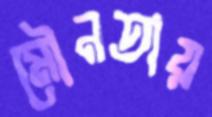
মৌনতায়